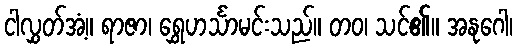
ငါလွှတ်အံ့။ ရာဇာ၊ ရွှေဟင်္သာမင်းသည်။ တဝ၊ သင်၏။ အနုဂေါ၊